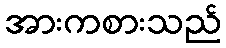
အားကစားသည်